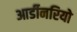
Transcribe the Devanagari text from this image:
आर्डीनरियो